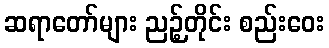
ဆရာတော်များ ညဉ့်တိုင်း စည်းဝေး